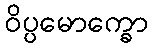
ဝိပ္ပမောက္ခော